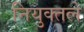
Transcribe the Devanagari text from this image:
नियुक्तले